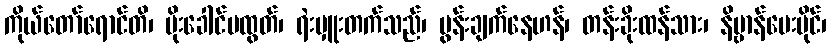
ကိုယ်တော်ရောင်တိ၊ မိုးခေါင်ပထွတ်၊ ရဲးမှူးတက်သည်၊ မွန်းချက်နေဟန်၊ တန်းခိုးထန်သား၊ နိဗ္ဗာန်ပေးပိုင်၊